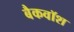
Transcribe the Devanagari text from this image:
बैकवॉश